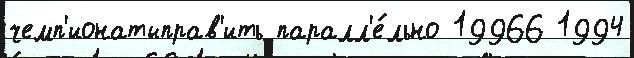
чемп'ионатыправ'ить паралл'е́льно 19966 1994